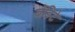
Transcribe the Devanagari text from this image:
वेंडिटे